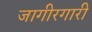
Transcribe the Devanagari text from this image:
जागीरगारी